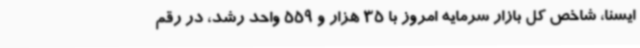
ایسنا، شاخص کل بازار سرمایه امروز با 35 هزار و 559 واحد رشد، در رقم